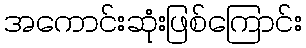
အကောင်းဆုံးဖြစ်ကြောင်း